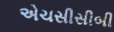
એચસીસીબી